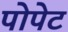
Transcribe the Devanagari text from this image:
पोपेट